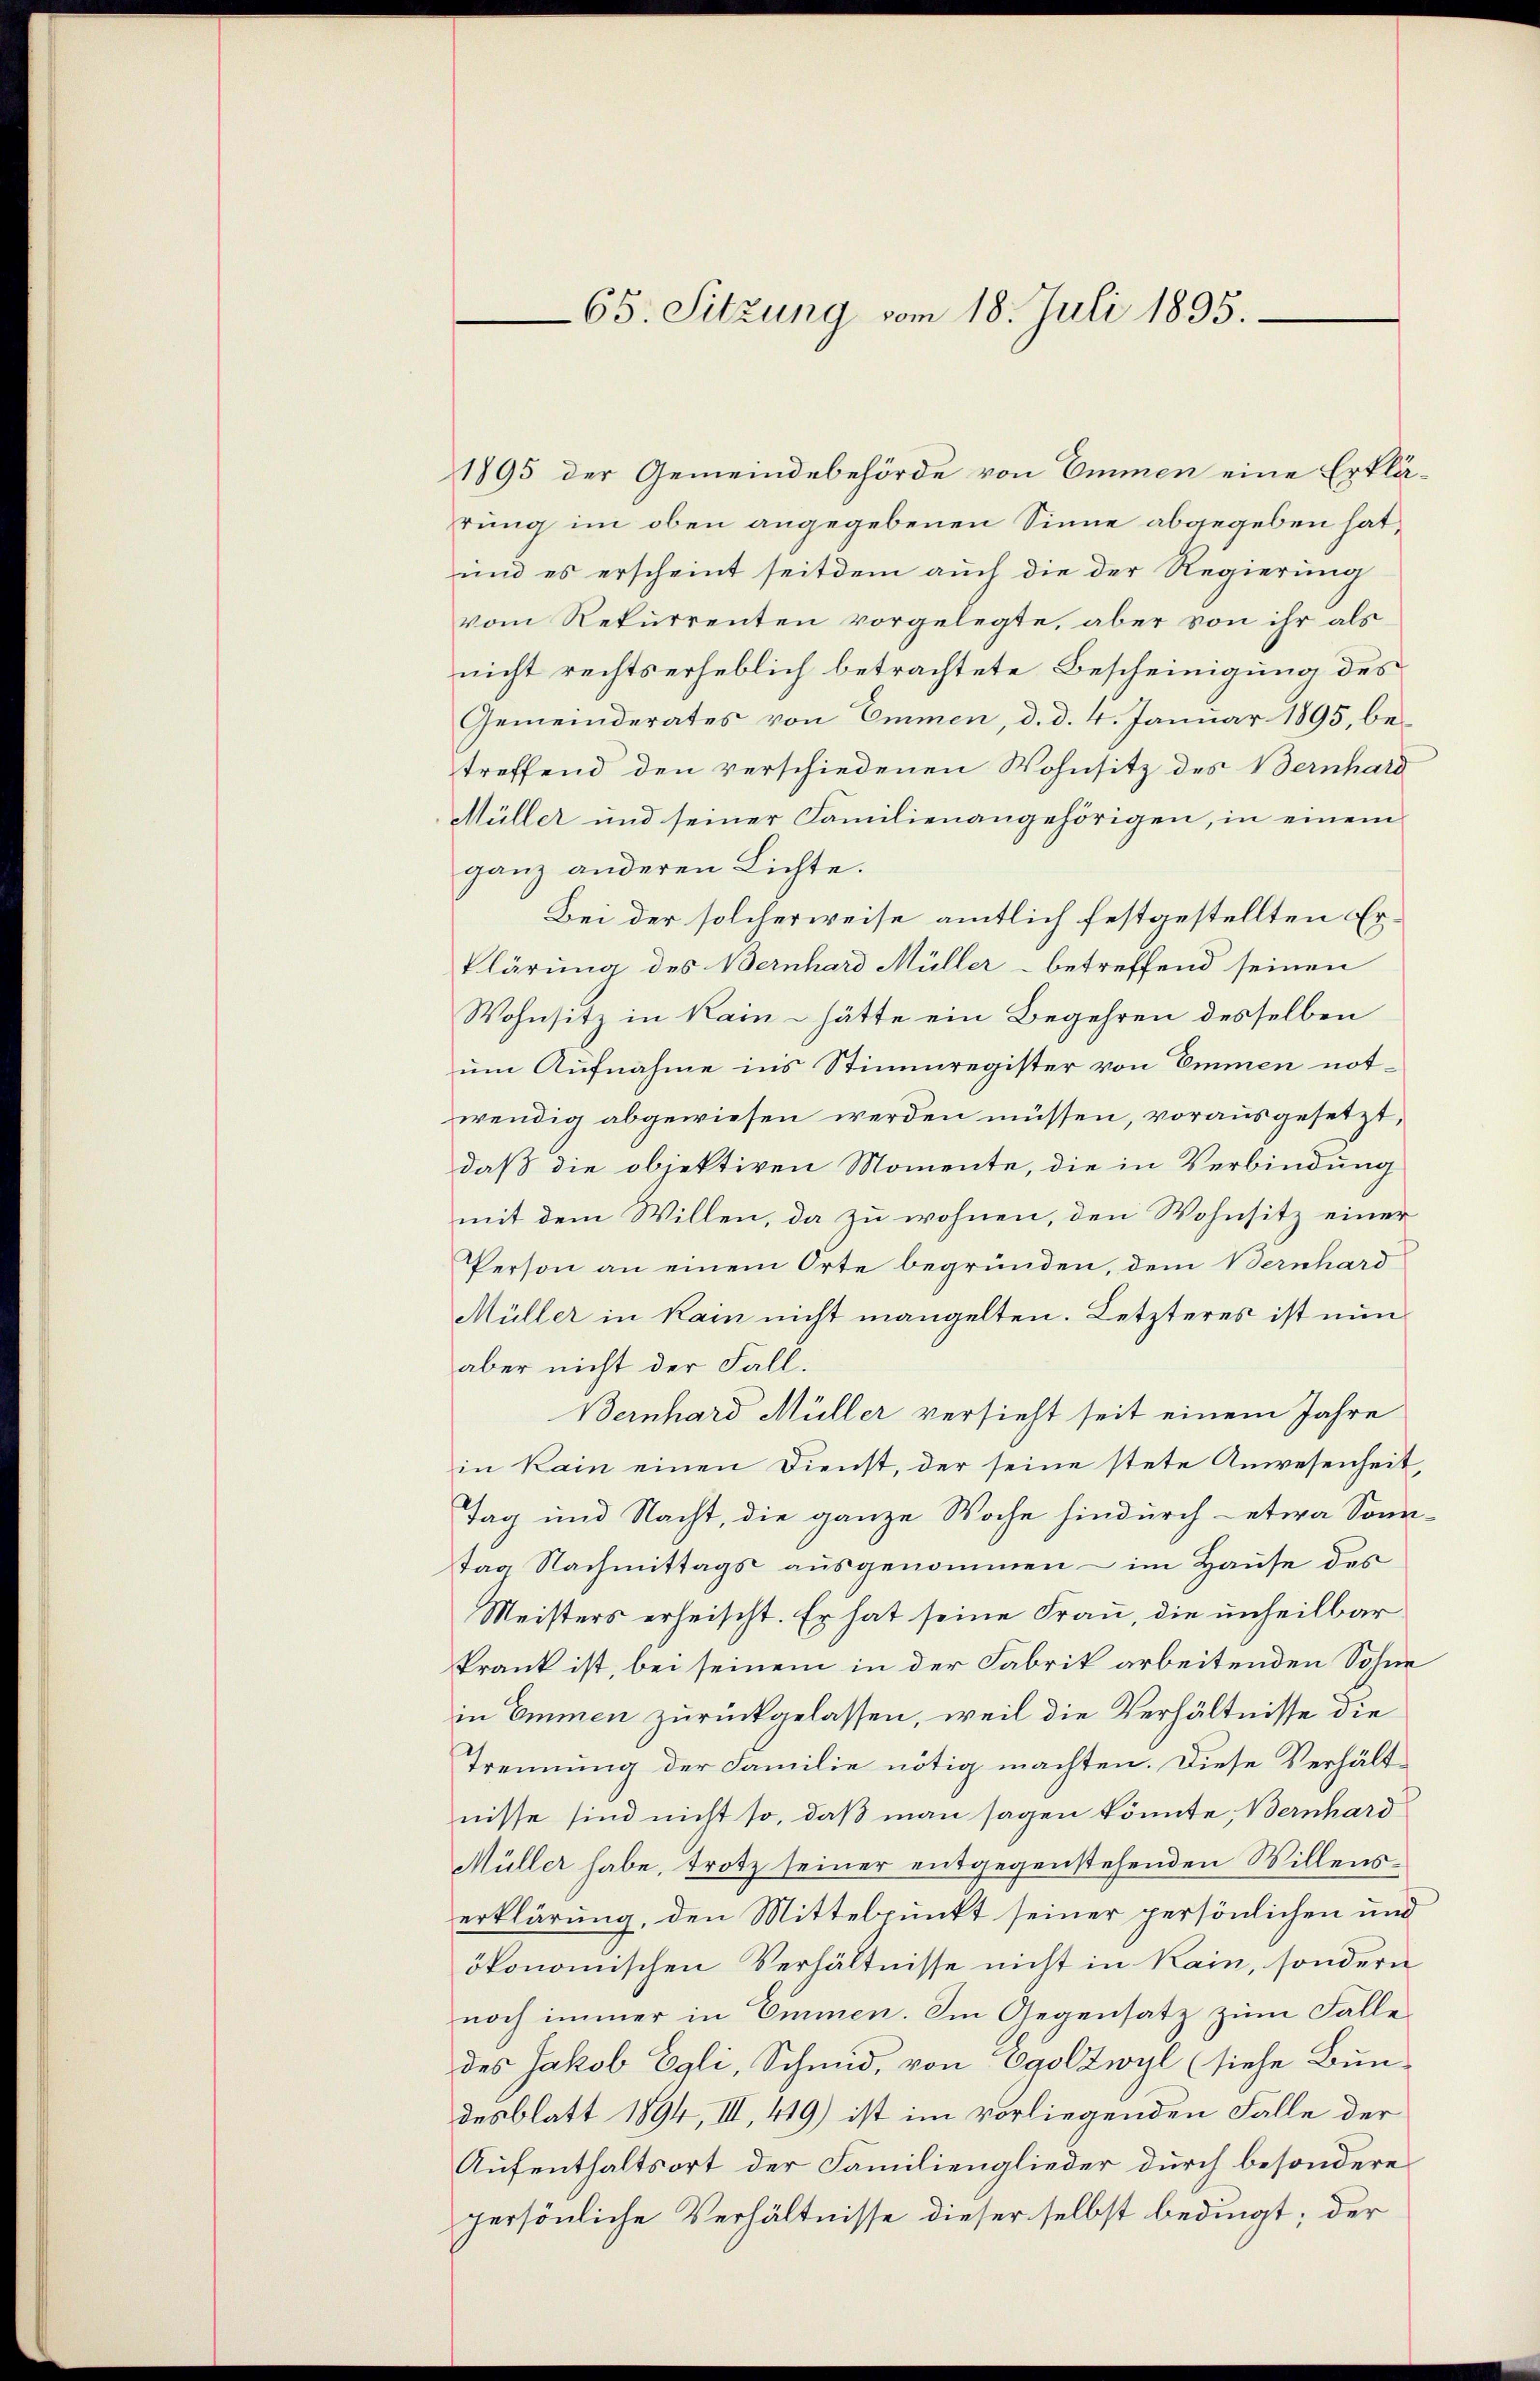
1895 der Gemeindebehörde von Emmen eine Erklärung im oben angegebenen Sinne abgegeben hat,
und es erscheint seitdem auch die der Regierung
vom Rekurrenten vorgelegte, aber von ihr als
nicht rechts erheblich betrachtete Bescheinigung des
Gemeinderates von Emmen, d. d. 4. Januar 1895, betreffend den verschiedenen Wohnsitz des Bernhard
Müller und seiner Familienangehörigen, in einem
ganz anderen Lichte.
Bei der solcherweise amtlich festgestellten Erklärung des Bernhard Müller - betreffend seinen
Wohnsitz in kain - hätte ein Begehren desselben
um Aufnahme in’s Stimmregister von Emmen notwendig abgewiesen werden müssen, vorausgesetzt,
daß die objektiven Momente, die in Verbindung
mit dem Willen, da zu wohnen, den Wohnsitz einer
Person an einem Orte begründen, dem Bernhard
Müller in kain nicht mangelten. Letzteres ist nun
aber nicht der Fall.
Bernhard Müller versieht seit einem Jahre
in kain einen Dienst, der seine stete Anwesenheit,
Tag und Nacht, die ganze Woche hindurch etwa Sonn-
tag Nachmittags ausgenommen – im Hause des
Meisters erheischt. Er hat seine Frau, die unheilbar
krank ist, bei seinem in der Fabrik arbeitenden Söhne
in Emmen zurückgelassen, weil die Verhältnisse die
Trennung der Familie nötig machten. Diese Verhältnisse sind nicht so, daß man sagen könnte, Bernhard
Müller habe, trotz seiner entgegenstehenden Willenserklärung, den Mittelpunkt seiner persönlichen und
ökonomischen Verhältnisse nicht in Kain, sondern
noch immer in Emmen. Im Gegensatz zum Falle
des Jakob Egli, Schmid, von Caslzwyl (siehe Bundesblatt 1894, III, 419) ist im vorliegenden Falle der
Aufenthaltsort der Familienglieder durch besondere
persönliche Verhältnisse dieser selbst bedingt; der

65. Sitzung vom 18. Juli 1895.